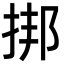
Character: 挷